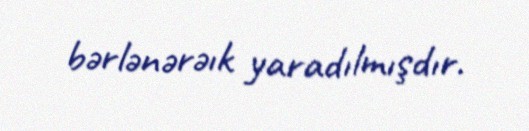
bərlənərəık yaradılmışdır.